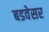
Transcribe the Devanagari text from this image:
बडवेसर